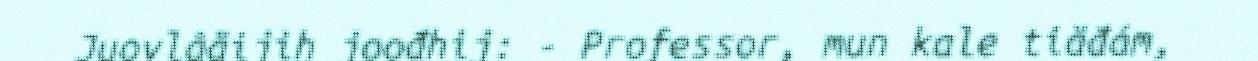
Juovlâäijih joođhij: - Professor, mun kale tiäđám,